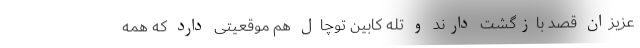
عزیزان قصد بازگشت دارند و تله کابین توچال هم موقعیتی دارد که همه